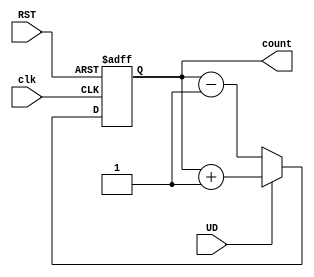
module up_down_counter (
    input wire clk,          // Clock signal (asynchronous)
    input wire UD,          // Up/Down control signal (1 for up, 0 for down)
    input wire RST,         // Asynchronous reset signal
    output reg [N-1:0] count // N-bit counter output
);
    parameter N = 4; // Number of bits in the counter

    always @(posedge clk or posedge RST) begin
        if (RST) begin
            count <= 0; // Reset the counter to 0
        end else begin
            if (UD) begin
                count <= count + 1; // Count up
            end else begin
                count <= count - 1; // Count down
            end
        end
    end
endmodule